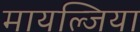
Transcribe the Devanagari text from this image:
मायल्जिया